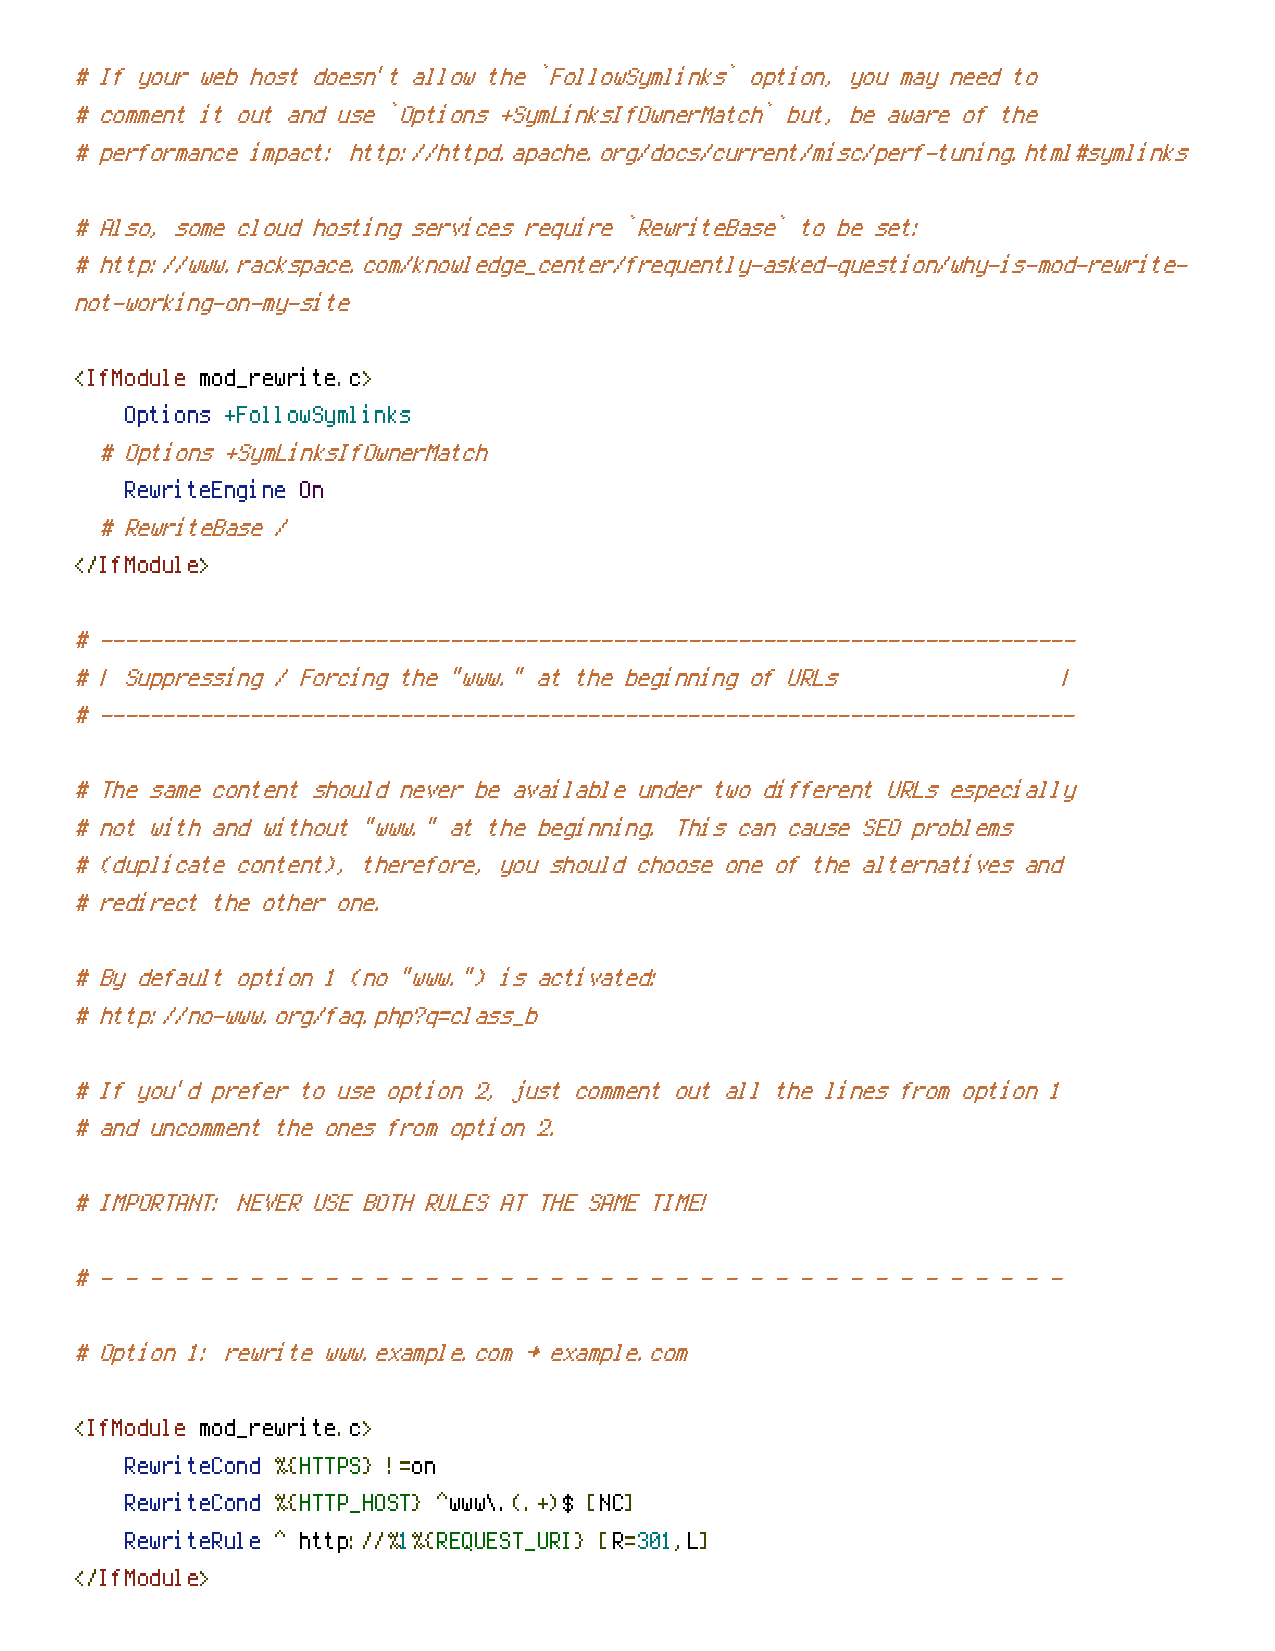
# If your web host doesn't allow the `FollowSymlinks` option, you may need to
 # comment it out and use `Options +SymLinksIfOwnerMatch` but, be aware of the
 # performance impact: http://httpd.apache.org/docs/current/misc/perf-tuning.html#symlinks
 # Also, some cloud hosting services require `RewriteBase` to be set:
 # http://www.rackspace.com/knowledge_center/frequently-asked-question/why-is-mod-rewrite-
 not-working-on-my-site
 <IfModule mod_rewrite.c>
 Options +FollowSymlinks
 # Options +SymLinksIfOwnerMatch
 RewriteEngine On
 # RewriteBase /
 </IfModule>
 # ------------------------------------------------------------------------------
 # | Suppressing / Forcing the "www." at the beginning of URLs    |
 # ------------------------------------------------------------------------------
 # The same content should never be available under two different URLs especially
 # not with and without "www." at the beginning. This can cause SEO problems
 # (duplicate content), therefore, you should choose one of the alternatives and
 # redirect the other one.
 # By default option 1 (no "www.") is activated:
 # http://no-www.org/faq.php?q=class_b
 # If you'd prefer to use option 2, just comment out all the lines from option 1
 # and uncomment the ones from option 2.
 # IMPORTANT: NEVER USE BOTH RULES AT THE SAME TIME!
 # - - - - - - - - - - - - - - - - - - - - - - - - - - - - - - - - - - - - - - -
 # Option 1: rewrite www.example.com → example.com
 <IfModule mod_rewrite.c>
 RewriteCond %{HTTPS} !=on
 RewriteCond %{HTTP_HOST} ^www\.(.+)$ [NC]
 RewriteRule ^ http://%1%{REQUEST_URI} [R=301,L]
 </IfModule>